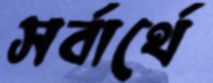
সর্বার্থে